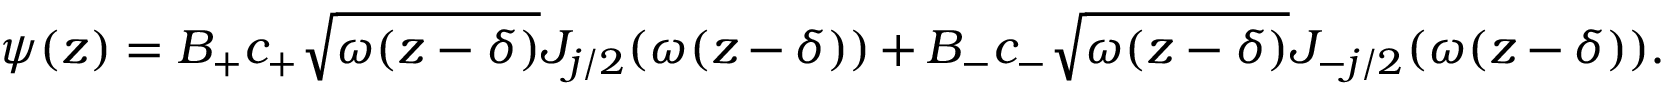
\psi ( z ) = B _ { + } c _ { + } \sqrt { \omega ( z - \delta ) } J _ { j / 2 } ( \omega ( z - \delta ) ) + B _ { - } c _ { - } \sqrt { \omega ( z - \delta ) } J _ { - j / 2 } ( \omega ( z - \delta ) ) .